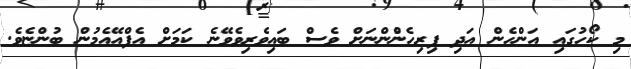
މި ކޯހުގައި އަންހެން އަދި ފިރިހެންުންނަށް ވެސް ބައިވެރިވެވޭނެ ކަމަށް އެފްއޭއެމުން ބުންޏެވެ.